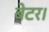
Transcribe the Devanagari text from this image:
बेटर।